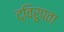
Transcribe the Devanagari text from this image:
द्विरुपता